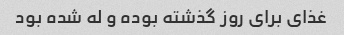
غذای برای روز گذشته بوده و له شده بود